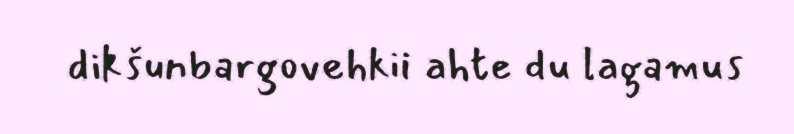
dikšunbargovehkii ahte du lagamus